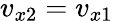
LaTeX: v_{x2}=v_{x1}